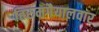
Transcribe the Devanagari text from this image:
तिरुमगैयालवार